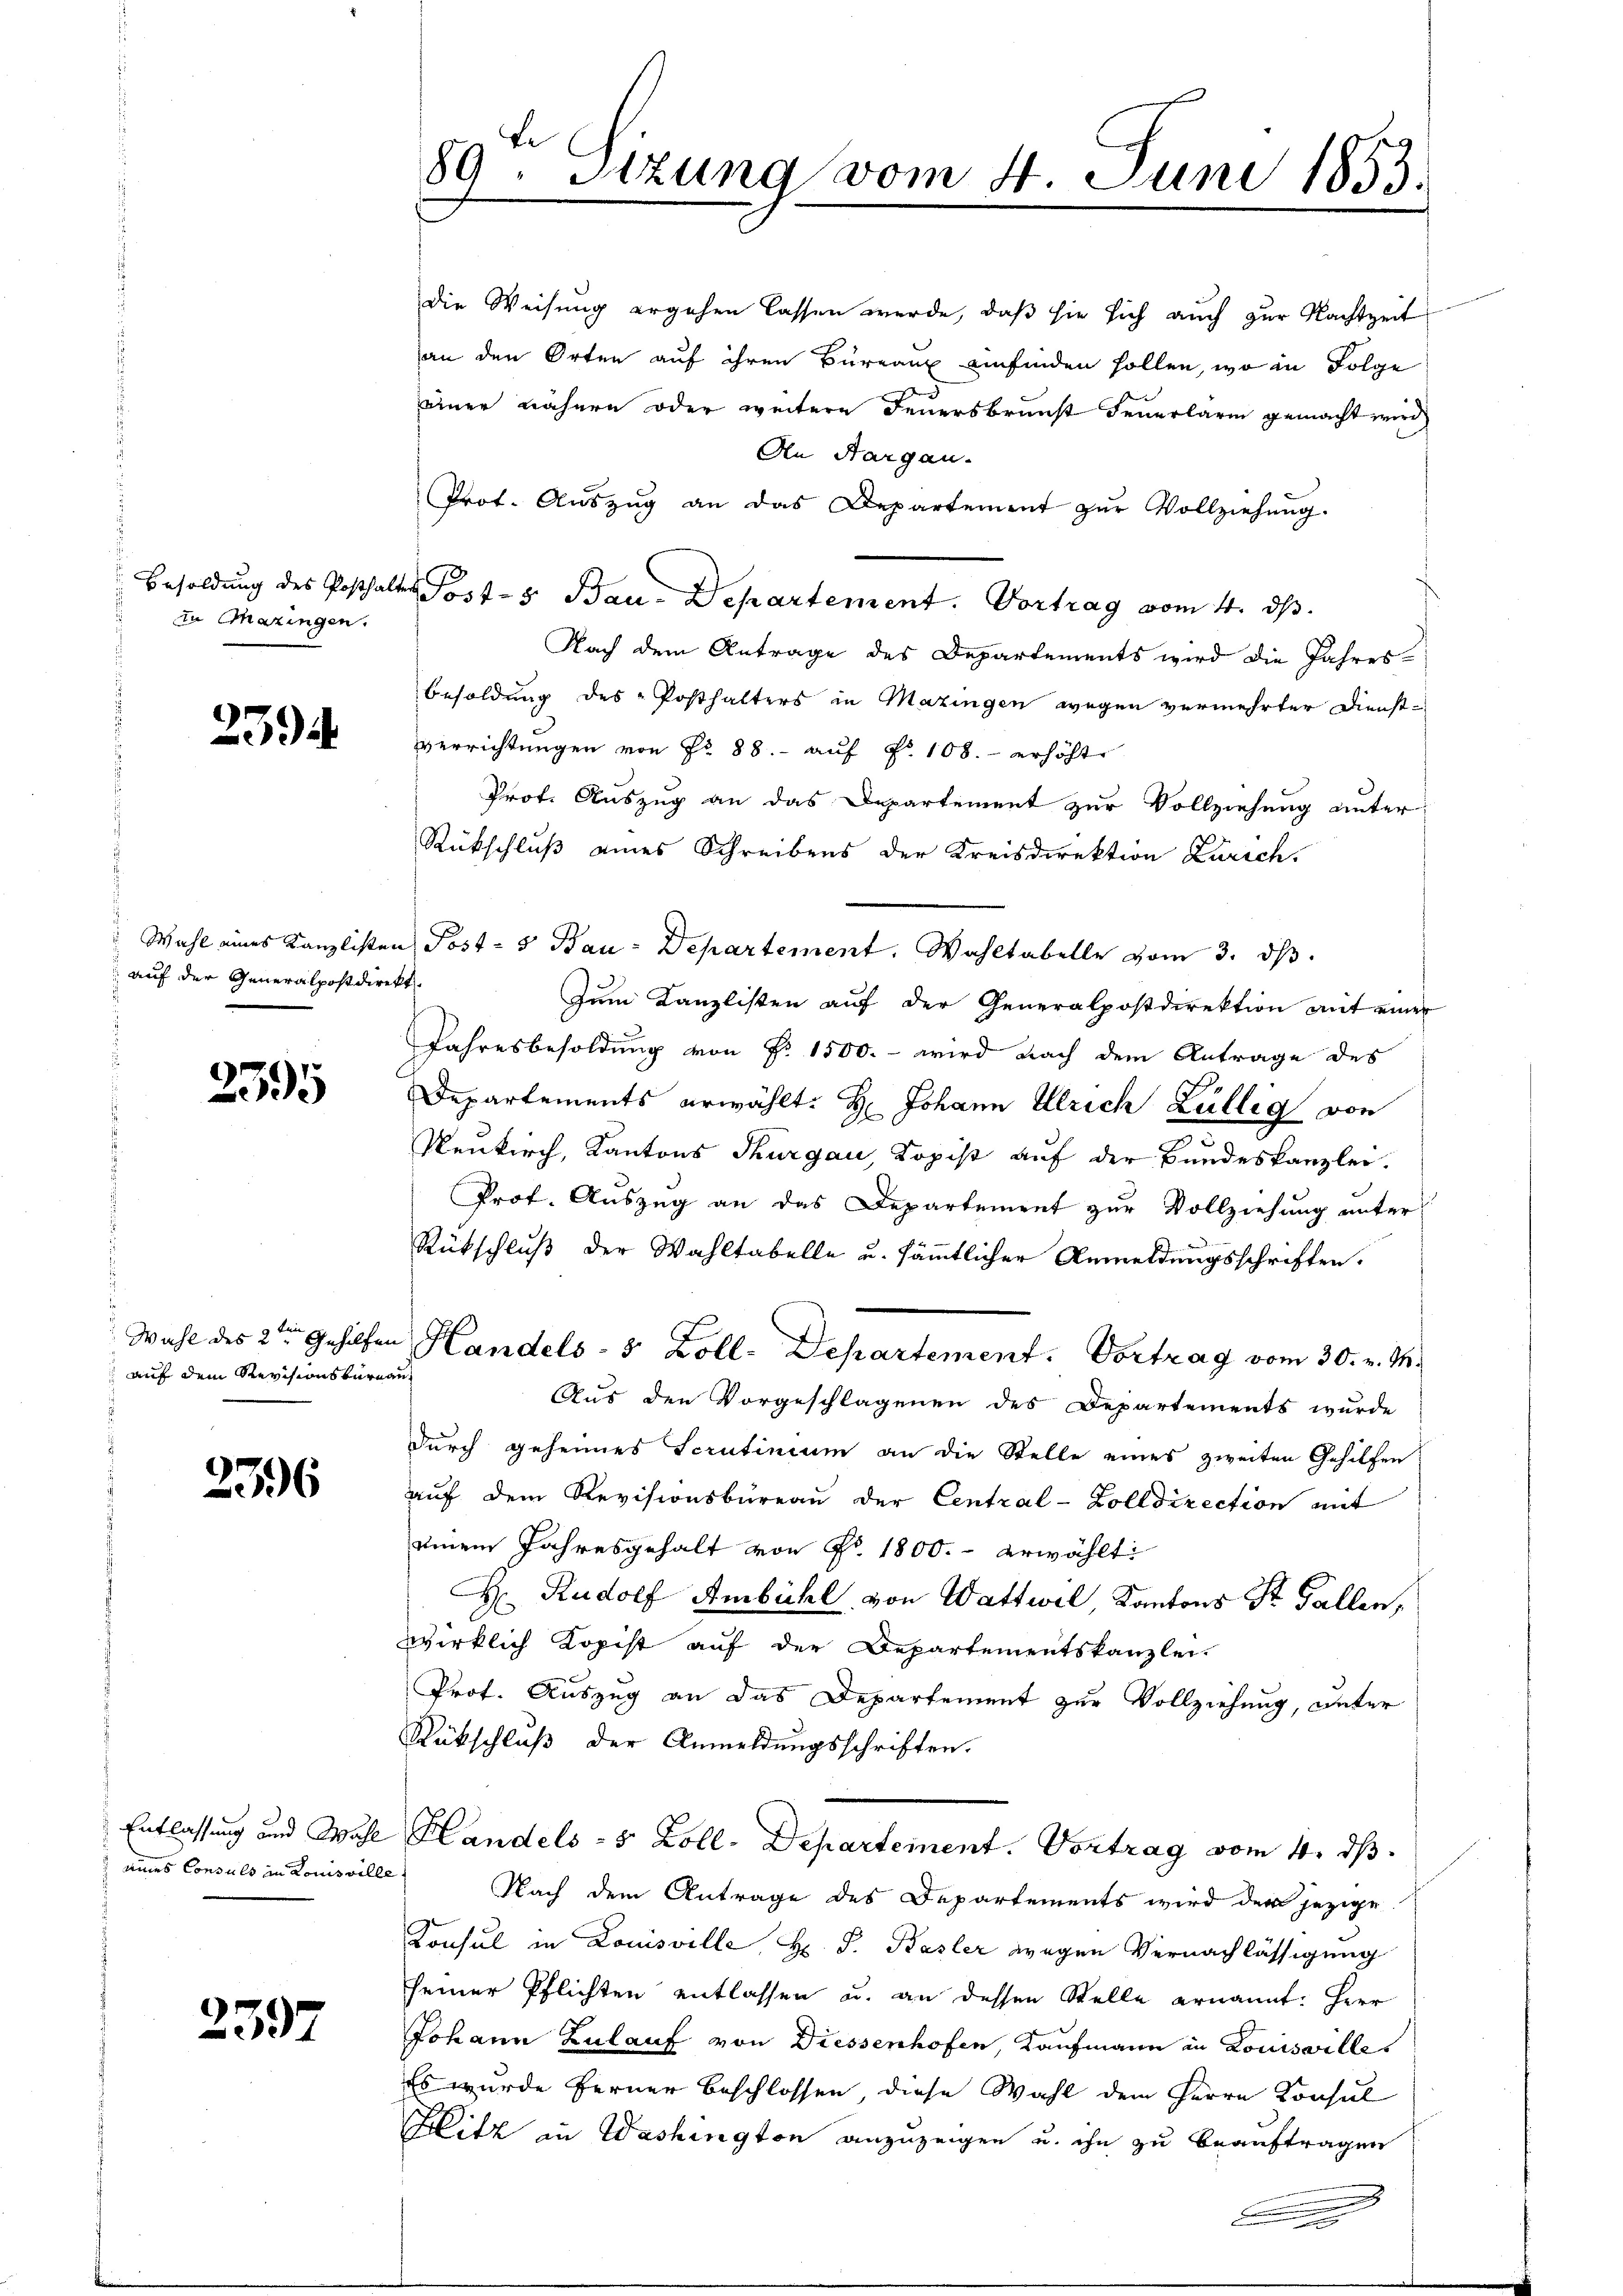
in Mazingen.

239

auf der Generalpostdirekt

2395

Wahl des 2ten Gehilfen
 auf dem Revisionsbürea

2396

Entlassung und Wahl
 eines Consuls in Louisville

2397

te
89. Sitzung vom 4. Juni 1853.

Prot. Aŭszŭg an das Departement zŭr Vollziehŭng.
Nach dem Antrage des Departements wird die Jahres-
Besoldung des Posthalters in Mazingen wegen vermehrter Dienst-
verrichtŭngen von Nr. 88. - auf No 108. - erhöhte
Prot. Auszug an das Departement zur Vollziehung unter
Rückschluß eines Schreibens der Kreisdirektion Zürich.
Wahl eines Kanzlisten Post- & Bau-Departement. Wahltabelle vom 3. dβ.
Zum Kanzlisten auf der Generalpostdirektion mit einer
Jahresbesoldung von P. 1500. - wird nach dem Antrage des
Departements erwählt: H: Johann Ulrich Züllig von
Neukirch, Kantons Thurgau, Kopist auf der Bundeskanzlei.
Prof. Auszug an das Departement zur Vollziehung unter
Rückschluß der Wahltabelle u. sämmtlicher Anmeldungsschriften.
Handels- 5 Zoll-Departement. Vortrag vom 30. v. M.
i
Aus den Vorgeschlagenen des Departements wurde
durch geheimes Scrutinium an die Stelle eines zweiten Gehilfen
auf dem Revisionsbüreau der Central-Zolldirection mit
einem Jahresgehalt von Nr. 1800.- erwählt
 Rudolf Ambühl, von Wattwil, Kantons St. Gallen,
wirklich Kopist auf der Departementskanzlei-
Prof. Auszug an das Departement zur Vollziehung, unter
Rükschluß der Anmeldungsschriften.
Handels- 5 Zoll-Departement. Vortrag vom 4. ds.
Nach dem Antrage des Departements wird der jezige
Konsul in Louisville, H. S. Basler wegen Vernachlässigung
seiner Pflichten entlassen u. an dessen Stelle ernannt: Herr
Johann Zulauf von Diessenhofen, Kaufmann in Louisvilles
Es wurde ferner Beschlossen, diese Wahl dem Herrn Konsul
Blitz in Washington anzuzeigen u. ihn zu beauftragen
.

die Weisung ergehen lassen werde, daß sie sich auch zur Nachtzeit
an den Orten auf ihren Büreaux einfinden sollen, wo in Folge
einer nähern oder weitere Feuersbrunst Feuerlärm gemacht wird,
An Aargau.

Besoldung des Posthalter Postes Bau-Departement. Vortrag vom 4. ds.